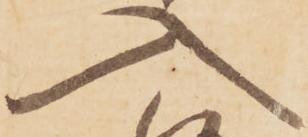
入